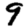
Digit: 9